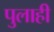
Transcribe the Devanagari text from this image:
पुलाही